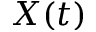
X ( t )